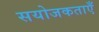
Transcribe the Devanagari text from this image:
सयोजकताएँ